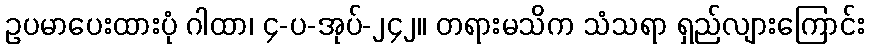
ဥပမာပေးထားပုံ ဂါထာ၊ ၄-ပ-အုပ်-၂၄၂။ တရားမသိက သံသရာ ရှည်လျားကြောင်း